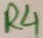
Text: R4